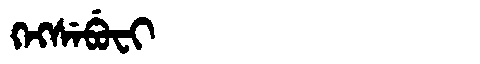
Manchu: ᡴᡝᡴᠰᡝᠪᡠᠸᡳ
Romanization: KEKSEBUFI